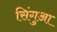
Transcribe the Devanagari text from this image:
सिंगुआ